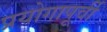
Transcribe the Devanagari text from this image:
प्रयोगापूर्वी